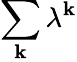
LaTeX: \sum_{\mathbf{k}}\lambda^{\mathbf{k}}